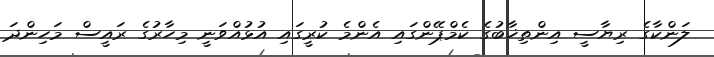
ލަންކާގެ ރިޔާސީ އިންތިޚާބުގެ ކެމްޕޭންގައި އެންމެ ކުރީގައި އުޅުއްވަނީ މިހާރުގެ ރައީސް މަހިންދަ